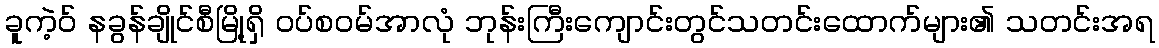
ခူကဲ့ဝ် နခွန်ချိုင်စီမြို့ရှိ ဝပ်စဝမ်အာလုံ ဘုန်းကြီးကျောင်းတွင်သတင်းထောက်များ၏ သတင်းအရ